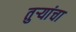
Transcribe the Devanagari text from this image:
तुऱ्यांचा